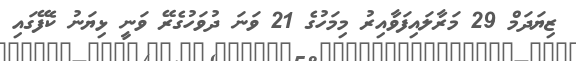
ޒިޔަދަމް 29 މަރާލައިފަވާއިރު މިމަހުގެ 21 ވަނަ ދުވަހުގެރޭ ވަނީ ޅިޔަނު ކެފޭގައި